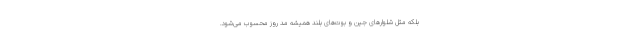
بلکه مثل شلوارهای جین و بوت‌ها‌ی بلند همیشه مد روز محسوب می‌شود.